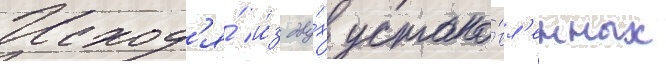
Исход'я́ и́з дву́х устано́вл'енных